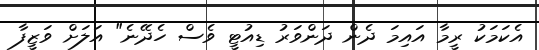
އެކަމަކު ރީމާ އައިމަ ދެން ދަންވަރު ޑިއުޓީ ވެސް ހެދޭނެ" އަލަށް ވަޒީފާ